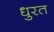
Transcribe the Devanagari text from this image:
धुरत